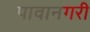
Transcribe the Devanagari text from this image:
पावानगरी